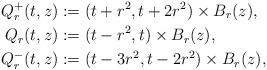
LaTeX: \begin{align*}Q^+_r(t,z)&:=(t+r^2,t+2r^2)\times B_r(z),\\Q_r(t,z)&:=(t-r^2,t)\times B_r(z),\\Q^-_r(t,z)&:=(t-3r^2,t-2r^2)\times B_r(z),\end{align*}